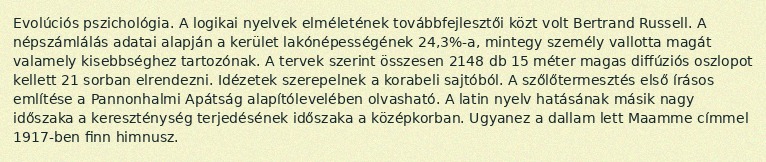
Evolúciós pszichológia. A logikai nyelvek elméletének továbbfejlesztői közt volt Bertrand Russell. A népszámlálás adatai alapján a kerület lakónépességének 24,3%-a, mintegy személy vallotta magát valamely kisebbséghez tartozónak. A tervek szerint összesen 2148 db 15 méter magas diffúziós oszlopot kellett 21 sorban elrendezni. Idézetek szerepelnek a korabeli sajtóból. A szőlőtermesztés első írásos említése a Pannonhalmi Apátság alapítólevelében olvasható. A latin nyelv hatásának másik nagy időszaka a kereszténység terjedésének időszaka a középkorban. Ugyanez a dallam lett Maamme címmel 1917-ben finn himnusz.